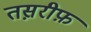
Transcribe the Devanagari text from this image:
तस़रीफ़